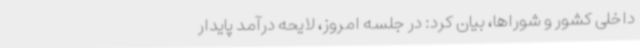
داخلی کشور و شوراها، بیان کرد: در جلسه امروز، لایحه درآمد پایدار